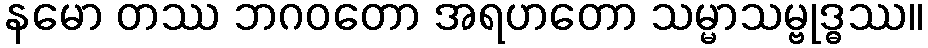
နမော တဿ ဘဂဝတော အရဟတော သမ္မာသမ္ဗုဒ္ဓဿ။